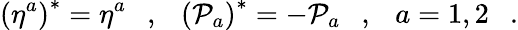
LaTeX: \left(\eta^{a}\right)^{*}=\eta^{a}\ \ \ ,\ \ \ \left({\cal P}_{a}\right)^{*}=-{\cal P}_{a}\ \ \ ,\ \ \ a=1,2\ \ \ .